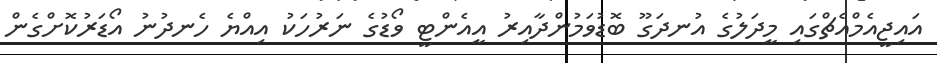
އައިޖީއެމްއެޗްގައި މީދަލުގެ އުނދަގޫ ބޮޑުވަމުންދާއިރު އީއެންޓީ ވޯޑުގެ ނަރުހަކު އިއްޔެ ހެނދުނު އޯޑަރުކޮށްގެން